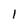
Character: 1